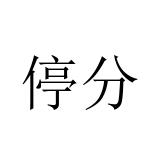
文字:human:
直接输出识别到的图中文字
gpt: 停分